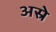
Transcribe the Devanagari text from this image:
अस्रे